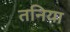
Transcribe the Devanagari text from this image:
तनिया